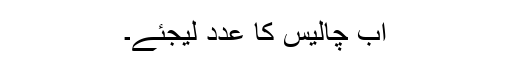
اب چالیس کا عدد لیجئے۔